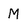
Character: M